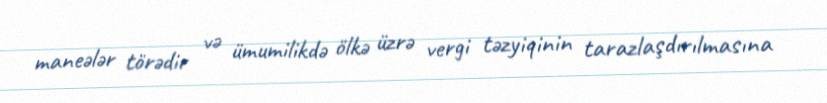
maneələr törədir və ümumilikdə ölkə üzrə vergi təzyiqinin tarazlaşdırılmasına